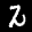
Label: 2